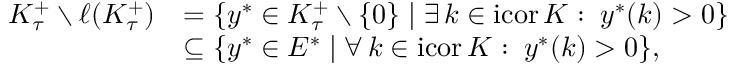
\begin{array} { r l } { K _ { \tau } ^ { + } \setminus \ell ( K _ { \tau } ^ { + } ) } & { = \{ y ^ { * } \in K _ { \tau } ^ { + } \setminus \{ 0 \} \mid \exists \, k \in \mathrm { i c o r } \, K : \; y ^ { * } ( k ) > 0 \} } \\ & { \subseteq \{ y ^ { * } \in E ^ { * } \mid \forall \, k \in \mathrm { i c o r } \, K : \; y ^ { * } ( k ) > 0 \} , } \end{array}